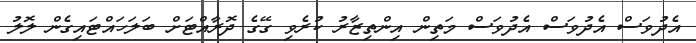
އެދުވަސް އެދުވަސް އެދުވަސް މަތިން އިންތިޒާރު ކުރެވި ގޭގެ ދޮރާއްޓަށް ބަލަހައްޓައިގެން ލޮލު